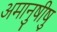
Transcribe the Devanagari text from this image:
अमानुषीषु